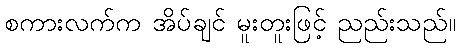
စကားလက်က အိပ်ချင် မူးတူးဖြင့် ညည်းသည်။